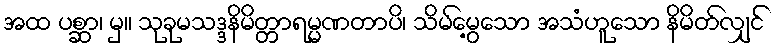
အထ ပစ္ဆာ၊ မှ။ သုခုမသဒ္ဒနိမိတ္တာရမ္မဏတာပိ၊ သိမ်မွေ့သော အသံဟူသော နိမိတ်လျှင်